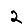
Digit: 2